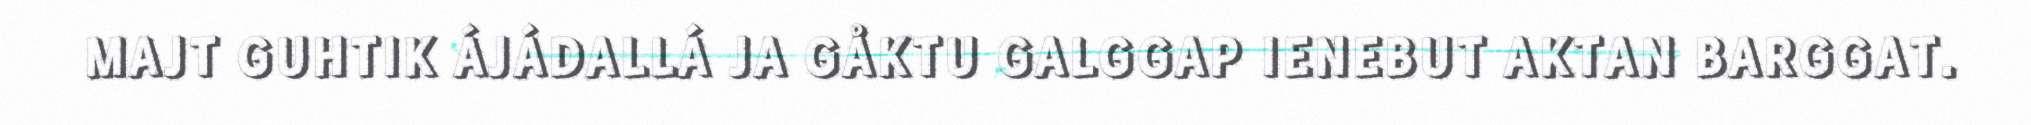
MAJT GUHTIK ÁJÁDALLÁ JA GÅKTU GALGGAP IENEBUT AKTAN BARGGAT.